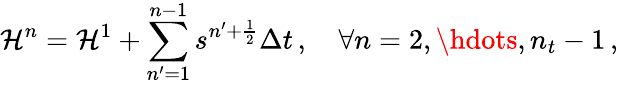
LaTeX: \mathcal H^{n}=\mathcal H^{1}+\sum_{n^{\prime}=1}^{n-1}s^{n^{\prime}+\frac 12}\Delta t\, ,\quad\forall n=2,\hdots,n_{t}-1\, ,